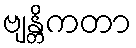
ဗျန္တိကတာ